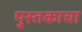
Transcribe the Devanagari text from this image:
पु्स्तकाचा